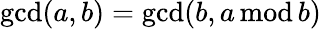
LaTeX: \operatorname*{gcd}(a,b)=\operatorname*{gcd}(b,a\, \mathrm{mod}\, b)